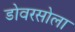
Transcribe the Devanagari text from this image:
डोवरसोला